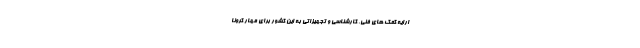
ارایه کمک های فنی، کارشناسی و تجهیزاتی به این کشور برای مهار کرونا